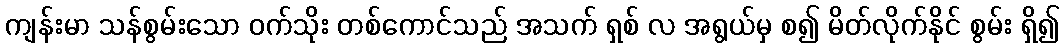
ကျန်းမာ သန်စွမ်းသော ဝက်သိုး တစ်ကောင်သည် အသက် ရှစ် လ အရွယ်မှ စ၍ မိတ်လိုက်နိုင် စွမ်း ရှိ၍